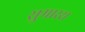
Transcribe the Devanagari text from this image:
सुमारस